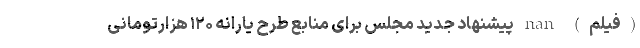
(فیلم) nan پیشنهاد جدید مجلس برای منابع طرح یارانه ۱۲۰ هزارتومانی